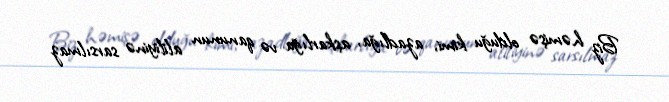
Biz həmişə olduğu kimi, azadlığa, aşkarlığa və qanunun aliliyinə sarsılmaz